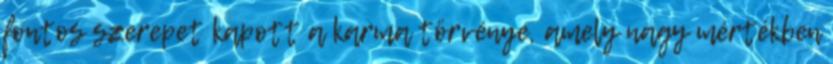
fontos szerepet kapott a karma törvénye, amely nagy mértékben